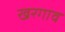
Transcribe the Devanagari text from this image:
खरगाव